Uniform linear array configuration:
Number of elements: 24
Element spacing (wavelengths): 0.75
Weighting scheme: cosine
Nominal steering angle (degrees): -60
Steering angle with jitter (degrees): -59.63
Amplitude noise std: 0.05
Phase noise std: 0.05

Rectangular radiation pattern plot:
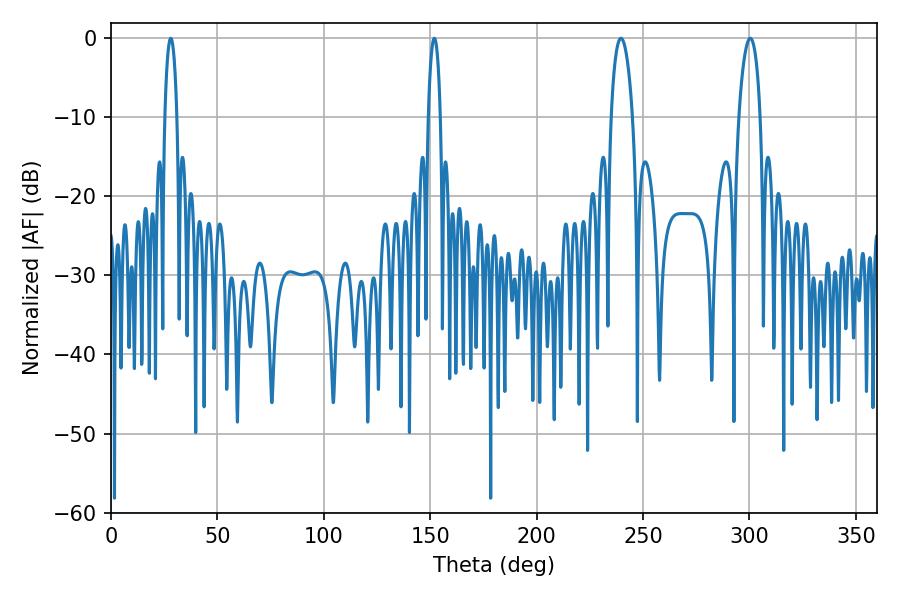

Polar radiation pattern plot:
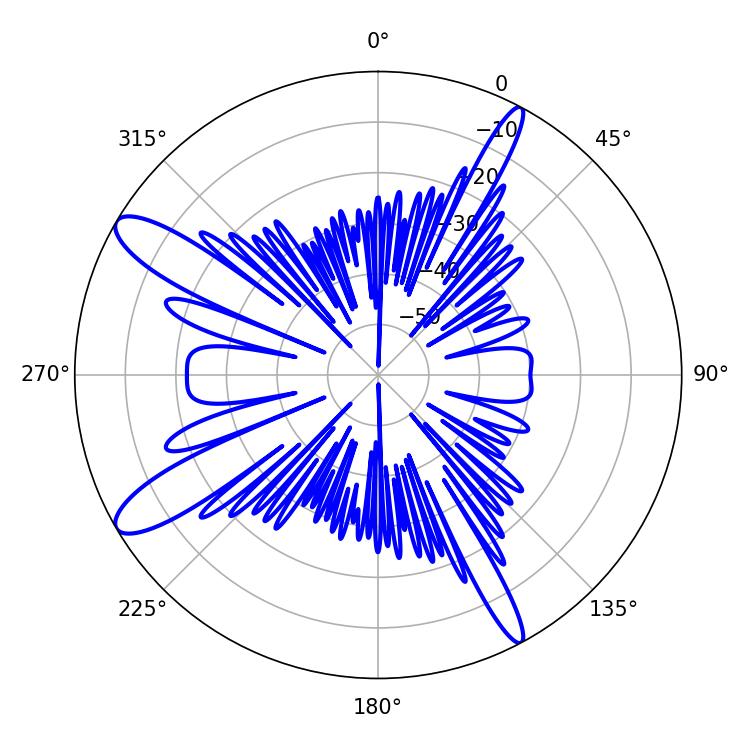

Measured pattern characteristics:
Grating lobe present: TRUE
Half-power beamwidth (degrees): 3.24
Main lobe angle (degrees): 28.08